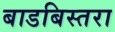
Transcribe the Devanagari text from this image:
बाडबिस्तरा